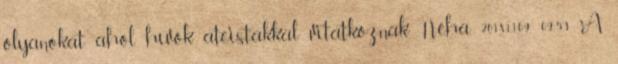
olyanokat, ahol hívők ateistákkal vitatkoznak. Néha. 2018.11.09. 09:53 A